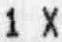
1 X